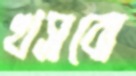
খসবো